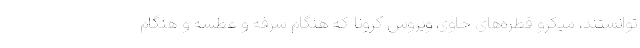
توانستند، میکرو قطره‌های حاوی ویروس کرونا که هنگام سرفه و عطسه و هنگام